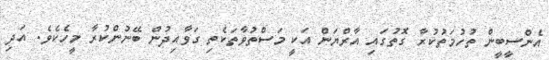
އެންސީބީން ތުހުމަތުކުރާ ގޮތުގައި އާރްޔަން އަކީ މަސްތުވާތަކެތި ގަވާއިދުން ބޭނުންކުރާ މީހެކެވެ. އަދި